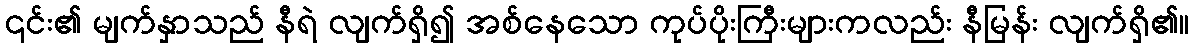
၎င်း၏ မျက်နှာသည် နီရဲ လျက်ရှိ၍ အစ်နေသော ကုပ်ပိုးကြီးများကလည်း နီမြန်း လျက်ရှိ၏။